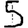
Digit: 5